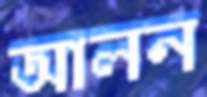
আলন